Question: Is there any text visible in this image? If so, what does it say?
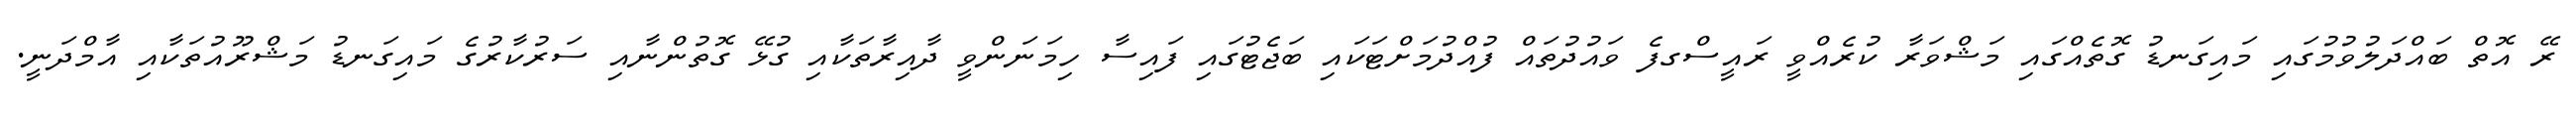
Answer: ރޭ އޮތް ބައްދަލުވުމުގައި މައިގަނޑު ގޮތެއްގައި މަޝްވަރާ ކުރެއްވީ ރައީސްގފެ ވައުދުތައް ފުއްދުމަށްޓަކައި ބަޖެޓުގައި ފައިސާ ހިމަނަންވީ ދާއިރާތަކާއި ގުޅޭ ގޮތުންނާއި ސަރުކާރުގެ މައިގަނޑު މަޝްރޫއުތަކާއި އާމްދަނީ.